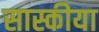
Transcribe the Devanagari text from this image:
सास्कीया